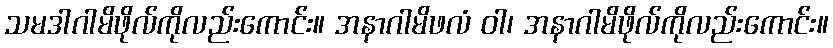
သမဒါဂါမိဖိုလ်ကိုလည်းကောင်း။ အနာဂါမိဖလံ ဝါ၊ အနာဂါမိဖိုလ်ကိုလည်းကောင်း။